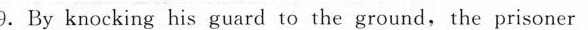
9.By knocking his guard to the ground,the prisoner